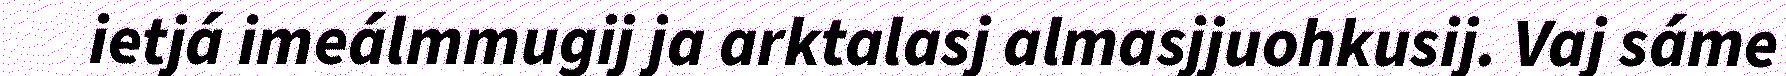
ietjá imeálmmugij ja arktalasj almasjjuohkusij. Vaj sáme